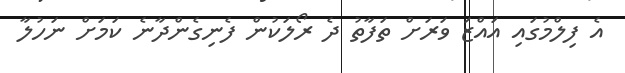
އެ ފިލްމުގައި އައްޒަ ވަރަށް ތަފާތު ދެ ރޯލަކުން ފެނިގެންދާނެ ކަމަށް ނަހުލާ